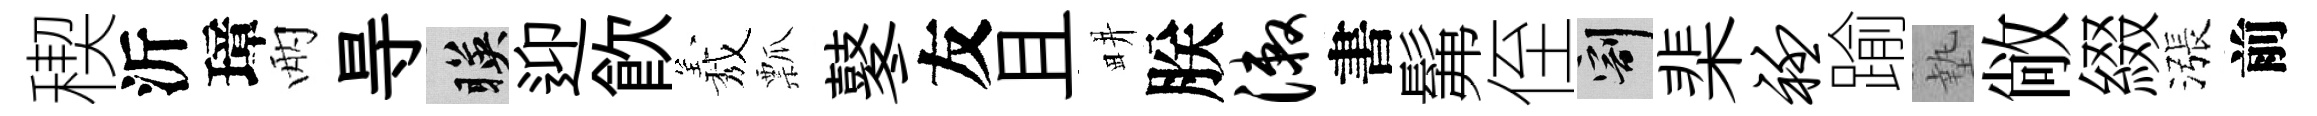
稧沂璋兩㝵暎迎飮𦏁瓢鼕友且畊朕漱書髴侄割棐衽踰墊敞綴漲前